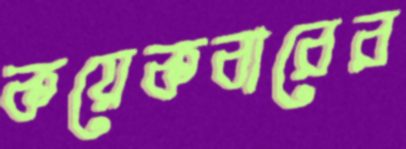
কয়েকবারের